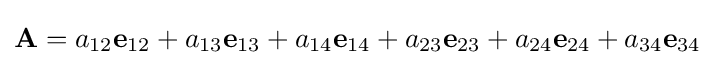
\mathbf {A} =a_{12}\mathbf {e} _{12}+a_{13}\mathbf {e} _{13}+a_{14}\mathbf {e} _{14}+a_{23}\mathbf {e} _{23}+a_{24}\mathbf {e} _{24}+a_{34}\mathbf {e} _{34}